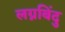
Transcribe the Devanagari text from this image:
लग्नबिंदु